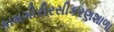
કામગીરીરસીકરણશાળા